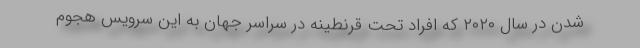
شدن در سال ۲۰۲۰ که افراد تحت قرنطینه در سراسر جهان به این سرویس هجوم